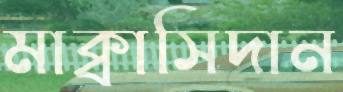
মাক্বাসিদান